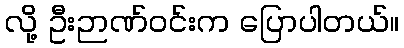
လို့ ဦးဉာဏ်ဝင်းက ပြောပါတယ်။